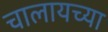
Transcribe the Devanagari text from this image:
चालायच्या